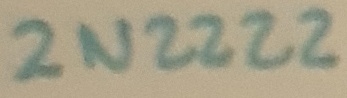
Text: 2N2222